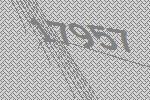
17957